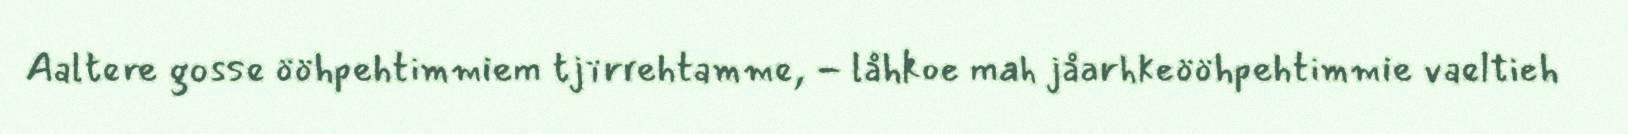
Aaltere gosse ööhpehtimmiem tjïrrehtamme, - låhkoe mah jåarhkeööhpehtimmie vaeltieh